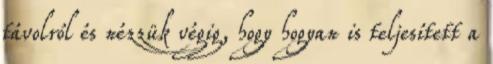
távolról és nézzük végig, hogy hogyan is teljesített a